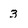
Character: 3